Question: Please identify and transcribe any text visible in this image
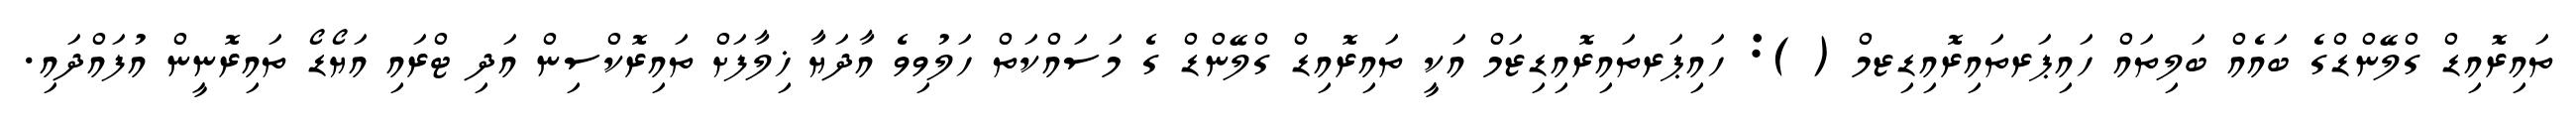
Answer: ތައިރޮއިޑް ގްލޭންޑްގެ ބައެއް ބަލިތައް ހައިޕަރތައިރޮއިޑިޒމް ( ): ހައިޕަރތައިރޮއިޑިޒަމް އަކީ ތައިރޮއިޑް ގްލޭންޑް ގެ މަސައްކަތް ހަލުވިވެ އާދަޔާ ޚިލާފަށް ތައިރޮކްސިން އަދި ޓްރައި އަޔޯޑޯ ތައިރޮނީން އުފައްދައި.